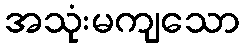
အသုံးမကျသော